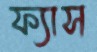
ফ্যাস